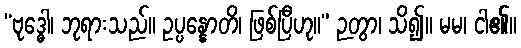
“ဗုဒ္ဓေါ၊ ဘုရားသည်။ ဥပ္ပန္နောတိ၊ ဖြစ်ပြီဟု။” ဉတွာ၊ သိ၍။ မမ၊ ငါ၏။